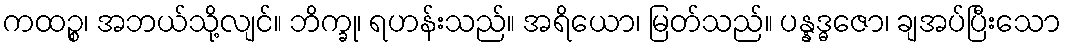
ကထဉ္စ၊ အဘယ်သို့လျင်။ ဘိက္ခု၊ ရဟန်းသည်။ အရိယော၊ မြတ်သည်။ ပန္နဒ္ဓဇော၊ ချအပ်ပြီးသော